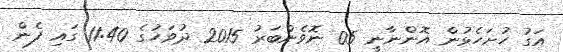
އަގު ހުށަހެޅުން އޮންނާނީ 05 ނޮވެންބަރު 2015 ދުވަހުގެ 11:40 ގައި ފެން